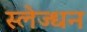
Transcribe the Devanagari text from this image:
स्लेज्धन